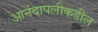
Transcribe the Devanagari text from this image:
आनंदापलीकडील